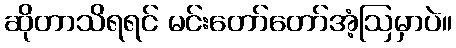
ဆိုတာသိရရင် မင်းတော်တော်အံ့ဩမှာပဲ။